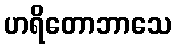
ဟရိတောဘာသေ